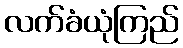
လက်ခံယုံကြည်